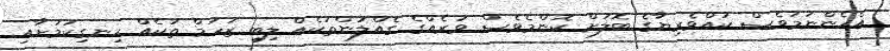
އެހެންނަމަވެސް ކުއްވެރިޔާގެ ބޮލަށް ކޮންމެވެސް ވަރެއްގެ ގެއްލުންތަކެއް ލިބި ޒަހަމް ތަކެއް ހިނގިކަމަށާއި